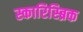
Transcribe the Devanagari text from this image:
स्कारिस्ब्रिक